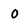
Character: 0